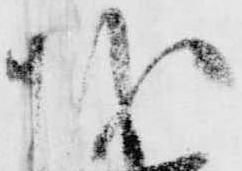
越